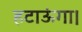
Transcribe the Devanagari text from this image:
हटाऊंगा।